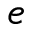
e